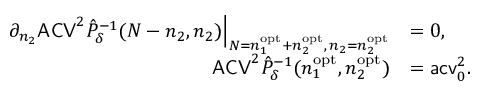
\begin{array} { r l } { \partial _ { n _ { 2 } } \mathsf { A C V } ^ { 2 } \hat { P } _ { \delta } ^ { - 1 } ( N - n _ { 2 } , n _ { 2 } ) \Big | _ { N = n _ { 1 } ^ { \mathrm { o p t } } + n _ { 2 } ^ { \mathrm { o p t } } , \, n _ { 2 } = n _ { 2 } ^ { \mathrm { o p t } } } } & { = 0 , } \\ { \mathsf { A C V } ^ { 2 } \hat { P } _ { \delta } ^ { - 1 } ( n _ { 1 } ^ { \mathrm { o p t } } , n _ { 2 } ^ { \mathrm { o p t } } ) } & { = \mathsf { a c v } _ { 0 } ^ { 2 } . } \end{array}